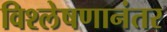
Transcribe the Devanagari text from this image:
विश्लेषणानंतर